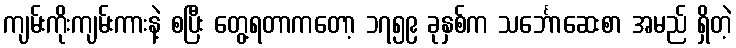
ကျမ်းကိုးကျမ်းကားနဲ့ စပြီး တွေ့ရတာကတော့ ၁၇၅၉ ခုနှစ်က သင်္ဘောဆေးစာ အမည် ရှိတဲ့